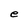
Character: e